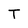
Character: T